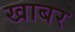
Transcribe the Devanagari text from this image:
खाबर